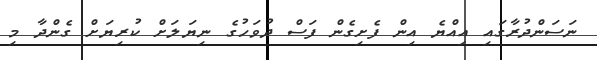
ނަސަންދުރާގައި އިއްޔެ އިން ފެށިގެން ފަސް ދުވަހުގެ ނިޔަލަށް ކުރިޔަށް ގެންދާ މި